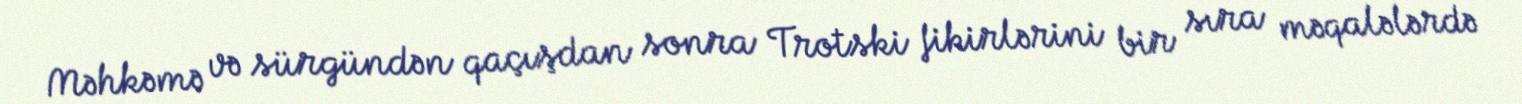
Məhkəmə və sürgündən qaçışdan sonra Trotski fikirlərini bir sıra məqalələrdə